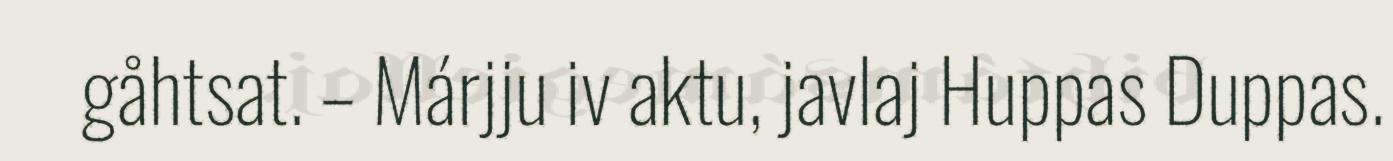
gåhtsat. – Márjju iv aktu, javlaj Huppas Duppas.